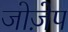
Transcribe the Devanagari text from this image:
जोज़ेप